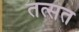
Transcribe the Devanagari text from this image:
तत्सत